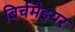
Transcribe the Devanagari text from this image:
बिर्चमेइयर